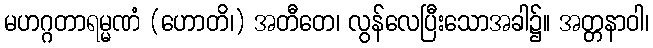
မဟဂ္ဂတာရမ္မဏံ (ဟောတိ၊) အတီတေ၊ လွန်လေပြီးသောအခါ၌။ အတ္တနာဝါ၊